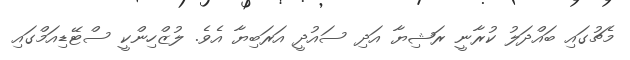
މެޗުގައި ބައްދަލު ކުރާނީ ރަޝިޔާ އަދި ސައުދީ އަރަބިޔާ އެވެ. ލުޒްހިންކީ ސްޓޭޑިއަމްގައި